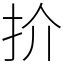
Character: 扴